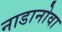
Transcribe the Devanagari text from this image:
नाडानोवा